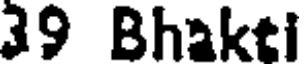
39 Bhakti